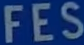
FES